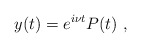
\begin{align*}y(t) = e^{i\nu t} P(t) \ ,\end{align*}